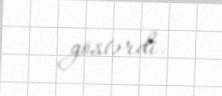
göstərdi.